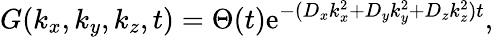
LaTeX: G(k_{x},k_{y},k_{z},t)=\Theta(t)\mathrm{e}^{-({D_{x}}{k_{x}^{2}}+{D_{y}}{k_{y}^{2}}+{D_{z}}{k_{z}^{2}})t},